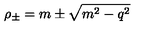
\rho _ { \pm } = m \pm \sqrt { m ^ { 2 } - q ^ { 2 } }